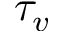
\tau _ { v }